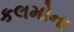
કલમોના